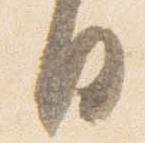
日